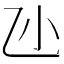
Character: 𠃝